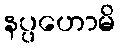
နပ္ပဟောမိ